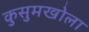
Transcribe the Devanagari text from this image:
कुसुमखोला